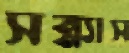
সন্ন্যাস